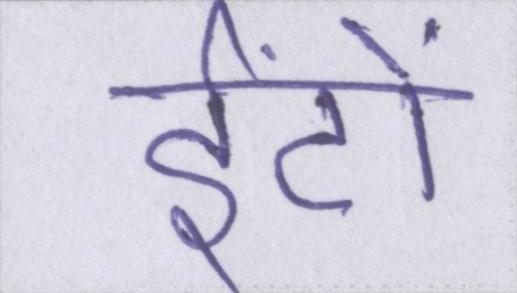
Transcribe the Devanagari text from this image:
ईंटों